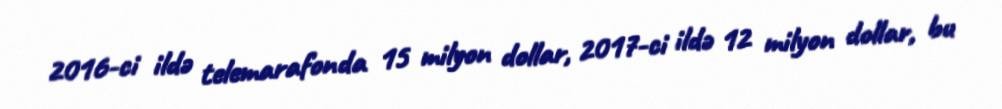
2016-ci ildə telemarafonda 15 milyon dollar, 2017-ci ildə 12 milyon dollar, bu